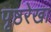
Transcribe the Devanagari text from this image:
पृष्ठरेखा